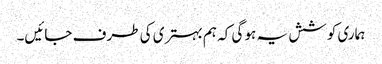
ہماری کوشش یہ ہو گی کہ ہم بہتری کی طرف جائیں۔